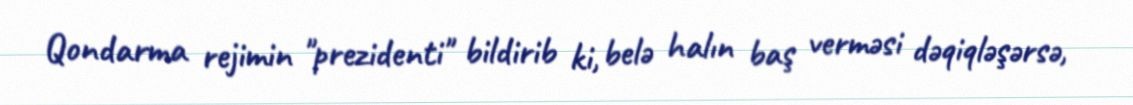
Qondarma rejimin "prezidenti" bildirib ki, belə halın baş verməsi dəqiqləşərsə,